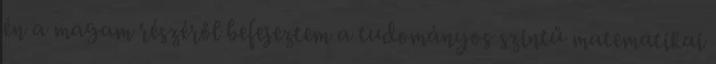
én a magam részéről befejeztem a tudományos szintű matematikai